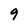
Character: 9